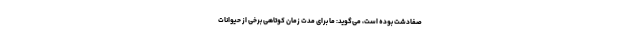
صفادشت بوده است، می‌گوید: ما برای مدت زمان کوتاهی برخی از حیوانات